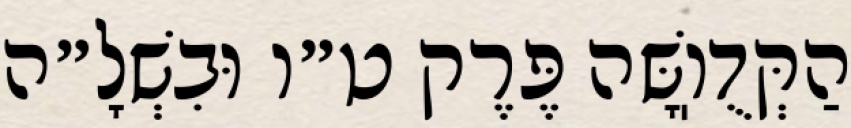
הַקְּדֻוֽשָּׁה פֶּרֶק ט״ו וּבִשְׁלָ״ה